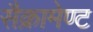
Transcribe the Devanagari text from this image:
सैक्रामेण्ट